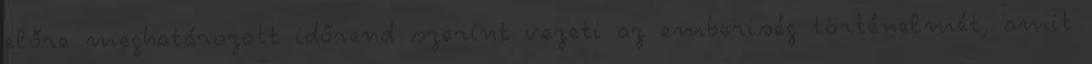
előre meghatározott időrend szerint vezeti az emberiség történelmét, amit